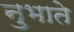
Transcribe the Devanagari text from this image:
नुभाते